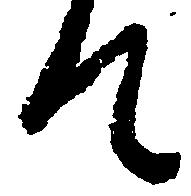
て